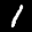
Label: 1